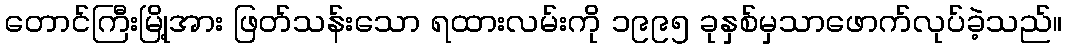
တောင်ကြီးမြို့အား ဖြတ်သန်းသော ရထားလမ်းကို ၁၉၉၅ ခုနှစ်မှသာဖောက်လုပ်ခဲ့သည်။